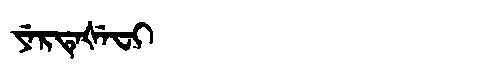
Manchu: ᠶᡝᡵᡨᡝᡧᡝᠸᡳ
Romanization: YERTEŠEFI